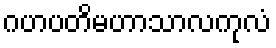
ဂဟပတိမဟာသာလကုလံ